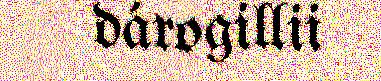
dárogillii